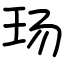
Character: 玚